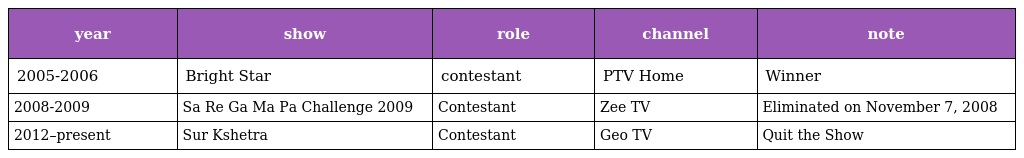
| year | show | role | channel | note |
 | --- | --- | --- | --- | --- |
 | 2005-2006 | Bright Star | contestant | PTV Home | Winner |
 | 2008-2009 | Sa Re Ga Ma Pa Challenge 2009 | Contestant | Zee TV | Eliminated on November 7, 2008 |
 | 2012–present | Sur Kshetra | Contestant | Geo TV | Quit the Show |